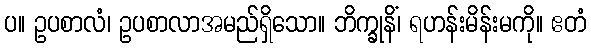
ပ။ ဥပစာလံ၊ ဥပစာလာအမည်ရှိသော။ ဘိက္ခုနိံ၊ ရဟန်းမိန်းမကို။ ဧတံ